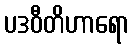
ပဒဝီတိဟာရော